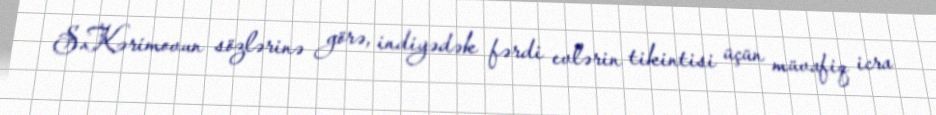
S.Kərimovun sözlərinə görə, indiyədək fərdi evlərin tikintisi üçün müvafiq icra